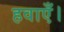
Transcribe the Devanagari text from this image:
हवाएँ।